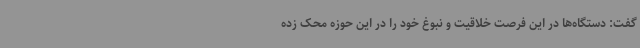
گفت: دستگاه‌ها در این فرصت خلاقیت و نبوغ خود را در این حوزه محک زده